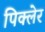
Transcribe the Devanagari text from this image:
पिक्लेर